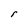
Character: r